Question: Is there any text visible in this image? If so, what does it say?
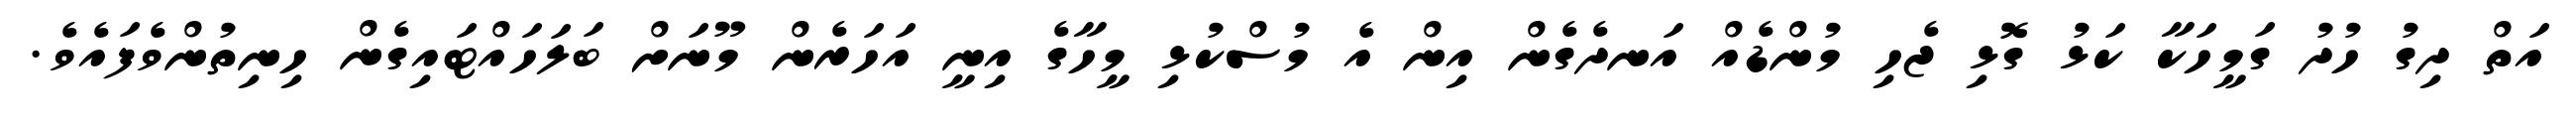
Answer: އަތް ދިގު ހުދު ގަމީހަކާ ކަޅު ގޮޅި ޖެހި މުންޑެއް އަނދެގެން އިން އެ މުސްކުޅި މީހާގެ އިނީ އަހަރެން މޫނަށް ބަލަހައްޓައިގެން ހިނިތުންވެފައެވެ.